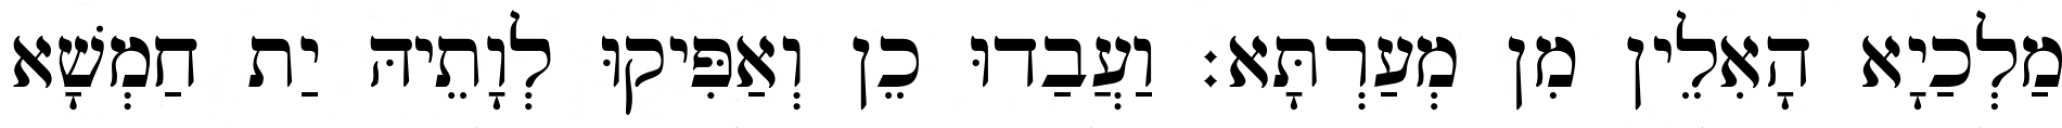
מַלְכַיָא הָאִלֵין מִן מְעַרְתָּא׃ וַעֲבַדוּ כֵן וְאַפִּיקוּ לְוָתֵיהּ יַת חַמְשָׁא